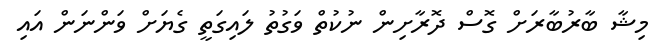
މިޝާ ބާރުބާރަށް ގޮސް ދޮރާށިން ނުކުތް ވަގުތު ލައިގަތީ ގެޔަށް ވަންނަން އައި